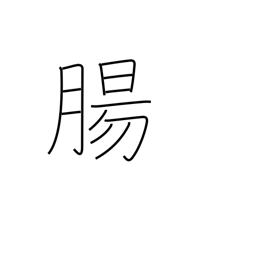
Meaning: intestines